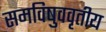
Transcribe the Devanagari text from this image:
समविषुववृतीय